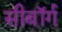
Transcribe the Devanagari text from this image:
सीबॉर्ग